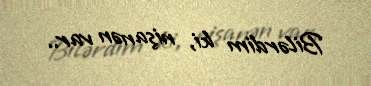
Bilərdim ki, nişanən var..